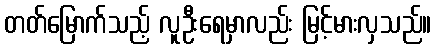
တတ်မြောက်သည့် လူဦးရေမှာလည်း မြင့်မားလှသည်။